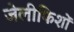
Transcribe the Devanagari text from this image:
जेलीफिशों